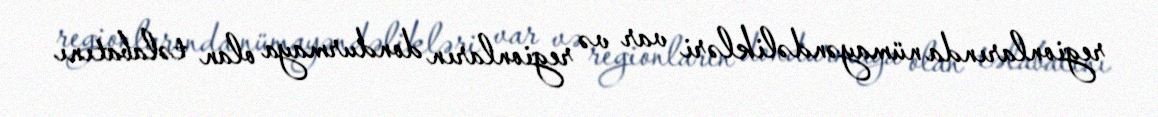
regionlarında nümayəndəlikləri var və regionların dondurmaya olan təlabatını